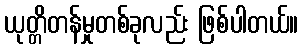
ယုတ္တိတန်မှုတစ်ခုလည်း ဖြစ်ပါတယ်။